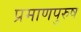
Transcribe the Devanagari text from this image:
प्रमाणपुरुष